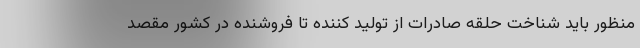
منظور باید شناخت حلقه صادرات از تولید کننده تا فروشنده در کشور مقصد